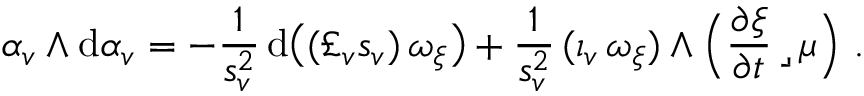
\alpha _ { v } \wedge \mathrm { d } \alpha _ { v } = - \frac { 1 } { s _ { v } ^ { 2 } } \, \mathrm { d } \bigl ( ( \pounds _ { v } s _ { v } ) \, \omega _ { \xi } \bigr ) + \frac { 1 } { s _ { v } ^ { 2 } } \, ( \iota _ { v } \, \omega _ { \xi } ) \wedge \Big ( \frac { \partial \xi } { \partial t } \, \lrcorner \, \mu \Big ) \ .